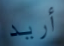
أريد